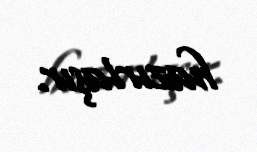
hazırlaşır.